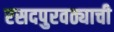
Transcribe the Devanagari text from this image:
रसदपुरवठ्याची